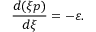
\frac { d ( \xi p ) } { d \xi } = - \varepsilon .